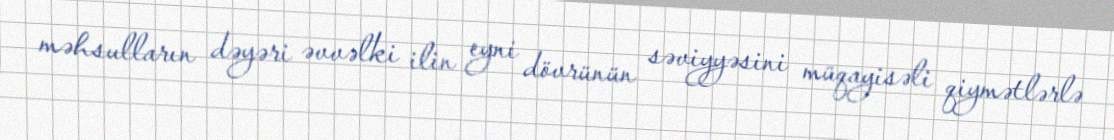
məhsulların dəyəri əvvəlki ilin eyni dövrünün səviyyəsini müqayisəli qiymətlərlə